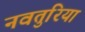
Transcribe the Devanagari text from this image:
नवतुरिया